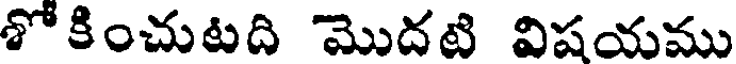
శో కించుటది మొదటి విషయము